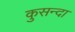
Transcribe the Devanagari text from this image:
कुसन्दा